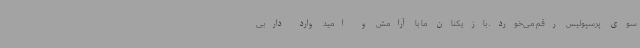
سوی پرسپولیس رقم می‌خورد. بازیکنان ما با آرامش و امید وارد داربی